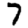
Digit: 7